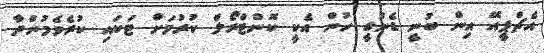
އެޗްޕީއޭ އިން ބުނީ ޑެންގީ ހުން އެކީ ކޮންޓްރޯލް ކުރުމަށް ޓަކައި ކުރެވެމުންދާ